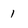
Character: 1